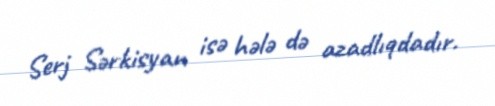
Serj Sərkisyan isə hələ də azadlıqdadır.